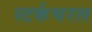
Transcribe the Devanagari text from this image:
स्टर्कचरल